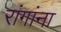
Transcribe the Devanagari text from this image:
रांगांना